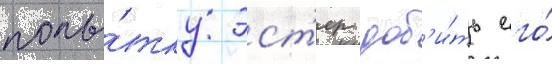
попы́тку эст'ер доб'и́ть его́